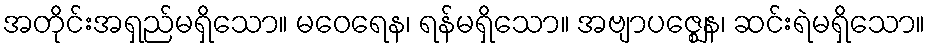
အတိုင်းအရှည်မရှိသော။ မဝေရေန၊ ရန်မရှိသော။ အဗျာပဇ္ဈေန၊ ဆင်းရဲမရှိသော။